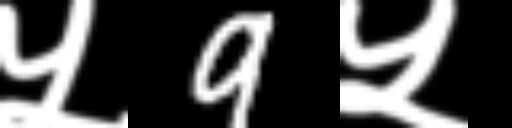
Text: ५9५